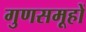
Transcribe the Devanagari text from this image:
गुणसमूहों